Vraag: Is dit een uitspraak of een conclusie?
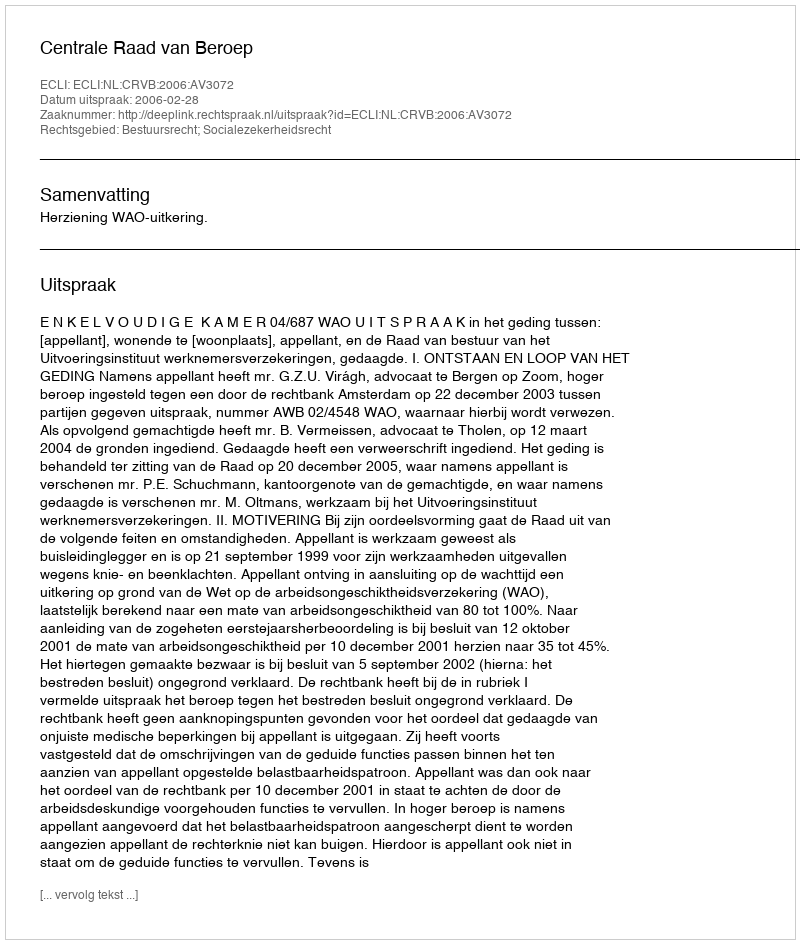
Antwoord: Uitspraak